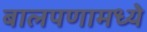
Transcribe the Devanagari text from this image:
बालपणामध्ये